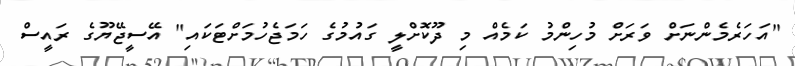
"އަހަރެމެންނަށް ވަރަށް މުހިންމު ކަމެއް މި ދޫކޮށްލީ ގައުމުގެ ހަމަޖެހުމަށްޓަކައި" އޭސީޖޭޔޫގެ ރައީސް